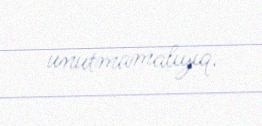
unutmamalıyıq.